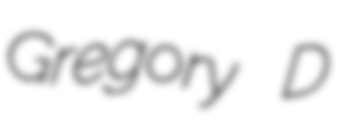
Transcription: Gregory D